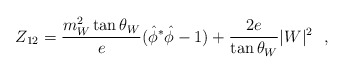
\begin{align*}Z_{12}=\frac{m^2_W \tan \theta_W}{e}({\hat \phi}^* \hat \phi-1)+\frac{2e}{\tan \theta_W} |W|^2~~,\end{align*}